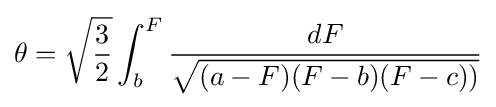
\theta ={\sqrt {\frac {3}{2}}}\int _{b}^{F}{\frac {dF}{\sqrt {(a-F)(F-b)(F-c))}}}